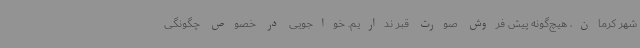
شهر کرمان، هیچ‌گونه پیش ‌فروش صورت قبر نداریم. خواجویی در خصوص چگونگی